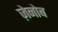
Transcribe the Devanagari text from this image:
ज़ेनोब